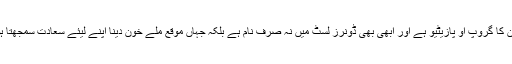
خون کا گروپ او پازیٹیو ہے اور ابھی بھی ڈونرز لسٹ میں نہ صرف نام ہے بلکہ جہاں موقع ملے خون دینا اپنے لیئے سعادت سمجھتا ہوں۔